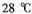
C|26℃│28℃